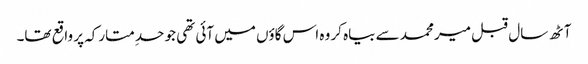
آٹھ سال قبل میر محمد سے بیاہ کر وہ اس گاؤں میں آئی تھی جو حدِ متارکہ پر واقع تھا۔